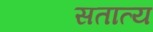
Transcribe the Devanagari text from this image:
सतात्य